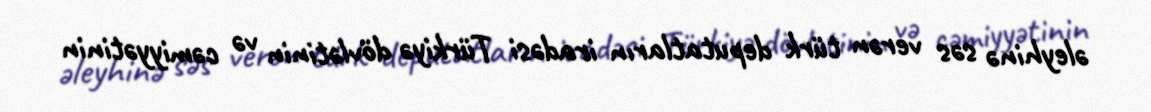
əleyhinə səs verən türk deputatların iradəsi Türkiyə dövlətinin və cəmiyyətinin